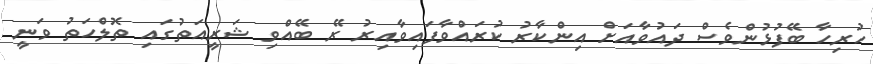
ހުރިހާ ބޭފުޅުންވެސް ދައުވާއަށް އިންކާރު ކުރައްވާފައިވާއިރު ރޭ ބޭއްވި ޝަރީއަތުގައި ތޮލްހަތު ވަނީ